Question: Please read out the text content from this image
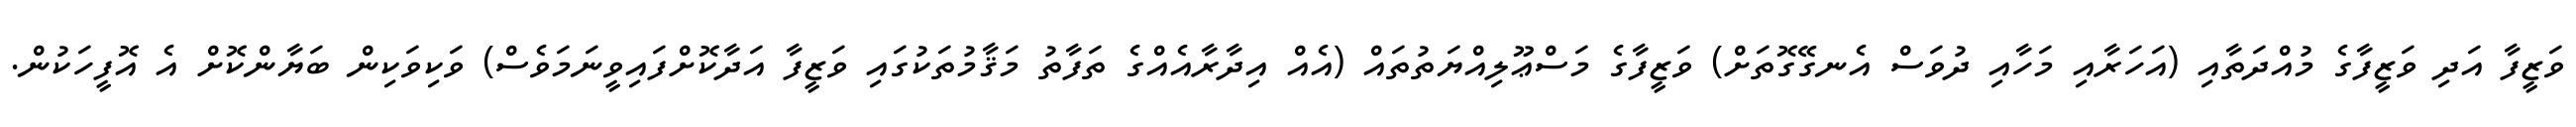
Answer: ވަޒީފާ އަދި ވަޒީފާގެ މުއްދަތާއި (އަހަރާއި މަހާއި ދުވަސް އެނގޭގޮތަށް) ވަޒީފާގެ މަސްޢޫލިއްޔަތުތައް (އެއް އިދާރާއެއްގެ ތަފާތު މަޤާމުތަކުގައި ވަޒީފާ އަދާކޮށްފައިވީނަމަވެސް) ވަކިވަކިން ބަޔާންކޮށް އެ އޮފީހަކުން.